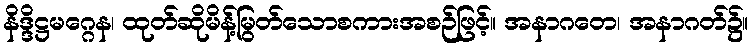
နိဒ္ဒိဋ္ဌမဂ္ဂေန၊ ထုတ်ဆိုမိန့်မြွတ်သောစကားအစဉ်ဖြင့်။ အနာဂတေ၊ အနာဂတ်၌။